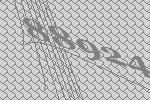
88924